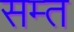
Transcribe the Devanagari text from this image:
सम्त